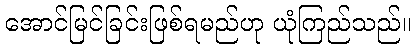
အောင်မြင်ခြင်းဖြစ်ရမည်ဟု ယုံကြည်သည်။